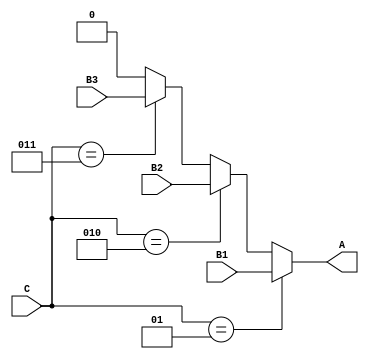
module conditional_flow(B1, B2, B3, C, A); 
  output wire A;
  input integer C;
  input B1, B2, B3;
    
  always @(B1, B2, B3, C)
    begin
      if (C == 1) A = B1;
      else if (C == 2) A = B2;
      else if (C == 3) A = B3;
      else A = 0;
    end
endmodule